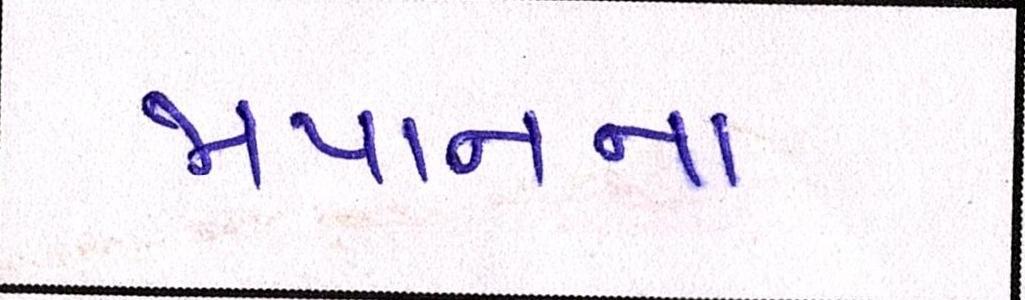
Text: જાપાનના